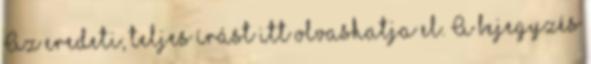
Az eredeti, teljes írást itt olvashatja el. A bejegyzés